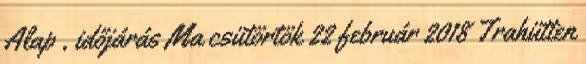
Alap , időjárás Ma csütörtök 22 február 2018 Trahütten